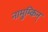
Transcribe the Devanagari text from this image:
नामुम्किन्